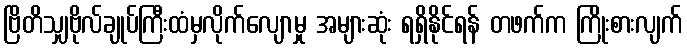
ဗြိတိသျှဗိုလ်ချုပ်ကြီးထံမှလိုက်လျောမှု အများဆုံး ရရှိနိုင်ရန် တဖက်က ကြိုးစားလျက်